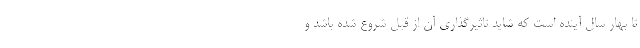
تا بهار سال آینده است که شاید تاثیرگذاری آن از قبل شروع شده باشد و